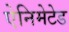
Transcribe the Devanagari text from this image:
ऐनिमेटेड